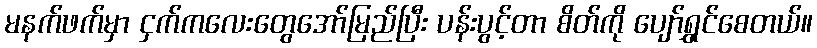
မနက်ဖက်မှာ ငှက်ကလေးတွေအော်မြည်ပြီး ပန်းပွင့်တာ စိတ်ကို ပျော်ရွှင်စေတယ်။